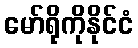
မော်ရိုကိုနိုင်ငံ